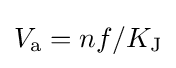
V_{\text{a}}=nf/K_{\text{J}}